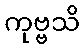
ကုဗ္ဗသိ